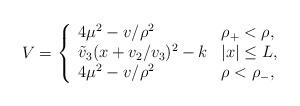
LaTeX: \begin{align*}V=\left\{\begin{array}{ll} 4\mu^2-v/\rho^2 &\mbox{$\rho_{+}<\rho,$}\\\tilde{v}_3(x+v_2/v_3)^2-k &\mbox{$|x|\leq L,$}\\4\mu^2-v/\rho^2&\mbox{$\rho<\rho_{-},$}\end{array}\right.\end{align*}